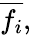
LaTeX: {\overline{{f_{i}}}},